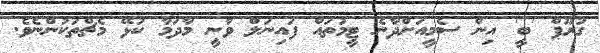
ގުރޫޕް 'ބީ' އިން ސެމީއަށްދާނެ ޓީމުތައް ފައިނަލް ވާނީ މާދަމާ ކުޅޭ މެޗްތަކުންނެވެ.